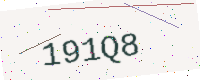
Text: 191Q8